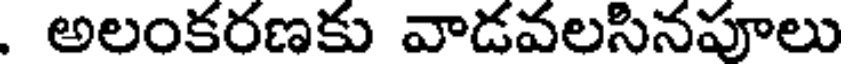
. అలంకరణకు వాడవలసినపూలు